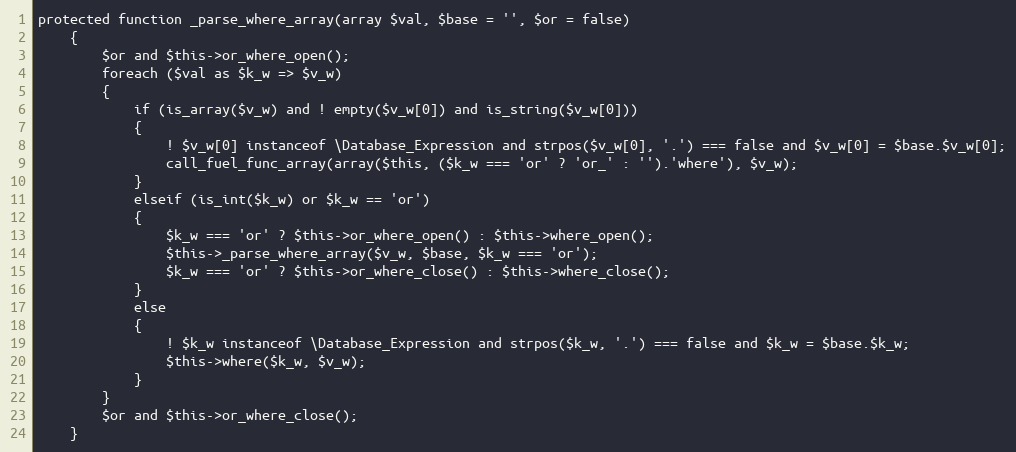
Language: PHP
protected function _parse_where_array(array $val, $base = '', $or = false)
	{
		$or and $this->or_where_open();
		foreach ($val as $k_w => $v_w)
		{
			if (is_array($v_w) and ! empty($v_w[0]) and is_string($v_w[0]))
			{
				! $v_w[0] instanceof \Database_Expression and strpos($v_w[0], '.') === false and $v_w[0] = $base.$v_w[0];
				call_fuel_func_array(array($this, ($k_w === 'or' ? 'or_' : '').'where'), $v_w);
			}
			elseif (is_int($k_w) or $k_w == 'or')
			{
				$k_w === 'or' ? $this->or_where_open() : $this->where_open();
				$this->_parse_where_array($v_w, $base, $k_w === 'or');
				$k_w === 'or' ? $this->or_where_close() : $this->where_close();
			}
			else
			{
				! $k_w instanceof \Database_Expression and strpos($k_w, '.') === false and $k_w = $base.$k_w;
				$this->where($k_w, $v_w);
			}
		}
		$or and $this->or_where_close();
	}